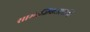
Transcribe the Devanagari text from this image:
सामाजिकताप्राप्ति